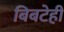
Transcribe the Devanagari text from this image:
बिबटेही